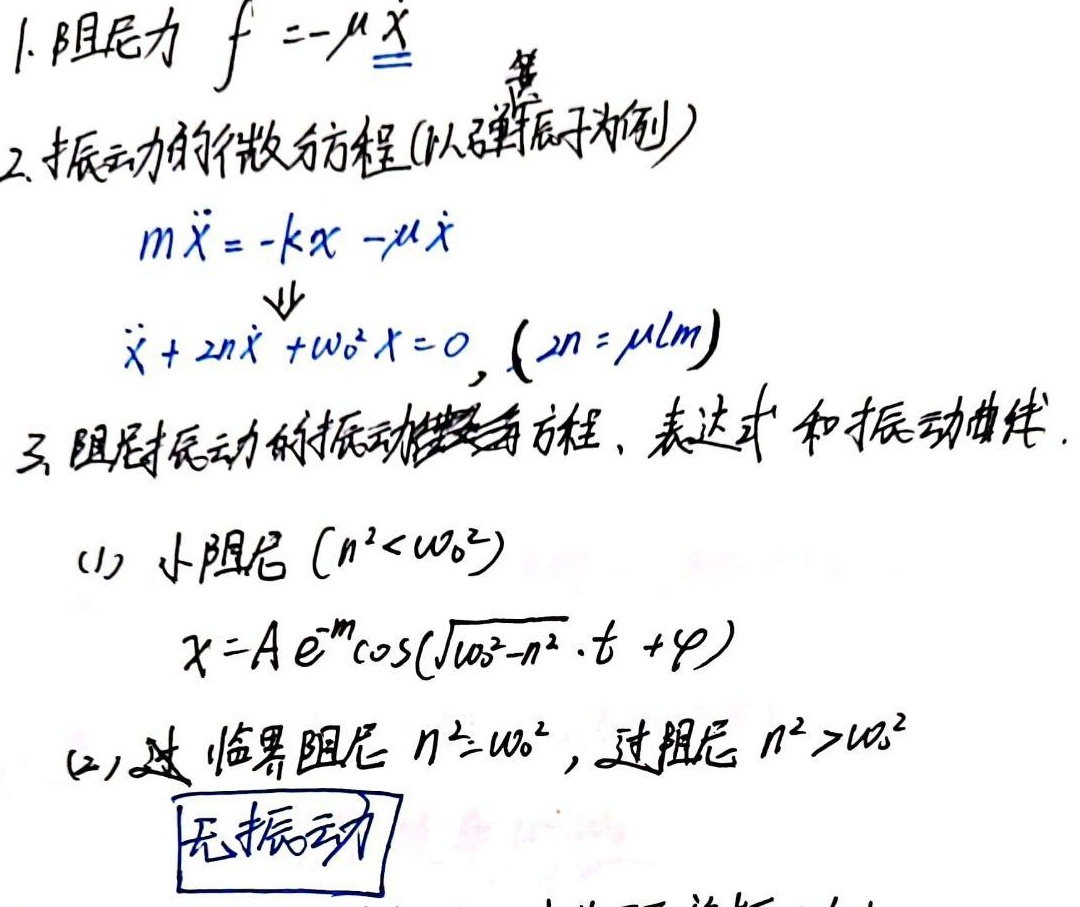
1. 阻尼力\(f = -\mu \dot{x}\)
2. 振动力学的微分方程(以弹簧振子为例)
   - \(m\ddot{x}=-kx - \mu\dot{x}\)
   - \(\ddot{x}+2n\dot{x}+\omega_{0}^{2}x = 0,(2n=\mu/m)\)
3. 阻尼振动的振动微分方程、表达式和振动曲线.
   - (1) 小阻尼\((n^{2}<\omega_{0}^{2})\)
     - \(x = A e^{-nt}\cos(\sqrt{\omega_{0}^{2}-n^{2}}\cdot t+\varphi)\)
   - (2) 过临界阻尼\(n^{2}=\omega_{0}^{2}\)，过阻尼\(n^{2}>\omega_{0}^{2}\)
     - 无振动